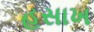
હસાખ